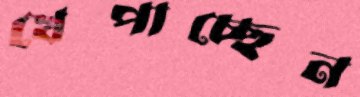
খেপাচ্ছেন